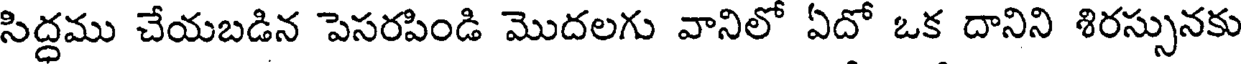
సిద్ధము చేయబడిన పెసరపిండి మొదలగు వానిలో ఏదో ఒక దానిని శిరస్సునకు